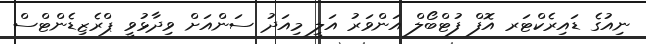
ނިއުގެ ޑައިރެކްޓަރ އޮފް ފުޓްބޯލް އަންވަރު އަލީ މިއަދު ސަންއަށް ވިދާޅުވީ ޕްރެޒިޑެންޓްސް